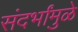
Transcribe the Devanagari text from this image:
संदर्भांमुळे